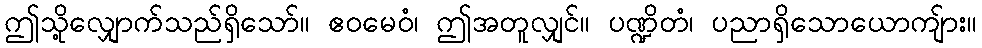
ဤသို့လျှောက်သည်ရှိသော်။ ဧဝမေဝံ၊ ဤအတူလျှင်။ ပဏ္ဍိတံ၊ ပညာရှိသောယောကျ်ား။